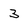
Character: 3